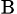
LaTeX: _\mathrm{B}